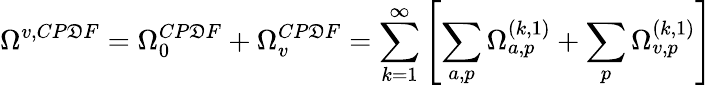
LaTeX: \Omega^{v,CP\mathfrak{D}F}=\Omega_{0}^{CP\mathfrak{D}F}+\Omega_{v}^{CP\mathfrak{D}F}=\sum_{k=1}^{\infty}\left[\sum_{a,p}\Omega_{a,p}^{(k,1)}+\sum_{p}\Omega_{v,p}^{(k,1)}\right]